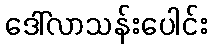
ဒေါ်လာသန်းပေါင်း